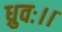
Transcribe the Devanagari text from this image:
ध्रुवः।।